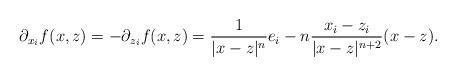
LaTeX: \begin{align*}\partial_{x_i} f(x,z) & = -\partial_{z_i} f(x,z) = \frac{1}{|x-z|^n} e_i - n \frac{x_i - z_i}{|x-z|^{n+2}} (x-z). \end{align*}